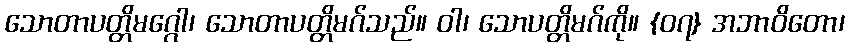
သောတာပတ္တိမဂ္ဂေါ၊ သောတာပတ္တိမဂ်သည်။ ဝါ၊ သောပတ္တိမဂ်ကို။ {၀၇} အဘာဝိတော၊